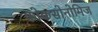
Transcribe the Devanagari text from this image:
फोकसोनोमिज